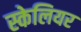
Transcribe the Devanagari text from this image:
स्केलियर